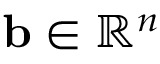
\mathbf { b } \in \mathbb { R } ^ { n }